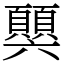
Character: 𩕧